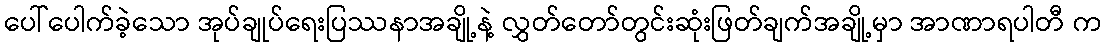
ပေါ်ပေါက်ခဲ့သော အုပ်ချုပ်ရေးပြဿနာအချို့နဲ့ လွှတ်တော်တွင်းဆုံးဖြတ်ချက်အချို့မှာ အာဏာရပါတီ က